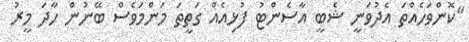
"ކޮންވަހެއްތަ އެދުވަނީ ޝެބީ އާސެންޓު ފުޅިއެއް ގަތީތަ މަންމަވެސް ބޭނުން ހާދަ މީރު